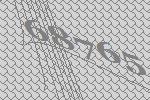
68765